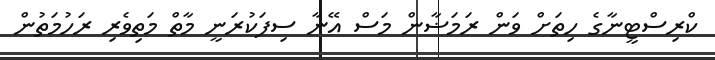
ކްރިސްޓީނާގެ ހިތަށް ވަން ރަމަޟާން މަސް އޭނާ ސިފަކުރަނީ މާތް މަތިވެރި ރަހުމަތުން